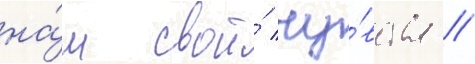
на́м свои́ чу́вства //